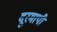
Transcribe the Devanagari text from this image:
दूरमापी